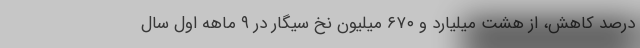
درصد کاهش، از هشت میلیارد و ۶۷۰ میلیون نخ سیگار در ۹ ماهه اول سال